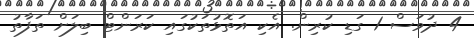
4 ދުވަސް 1 ގަޑި ކުރިން. އެކި އަތޮޅުތަކުގައި ކަރަންޓް ބިލަށް ތަފާތު